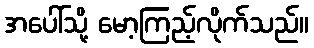
အပေါ်သို့ မော့ကြည့်လိုက်သည်။